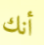
أنك